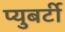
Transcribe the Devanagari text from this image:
प्युबर्टी